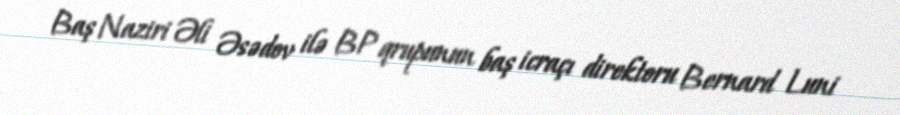
Baş Naziri Əli Əsədov ilə BP qrupunun baş icraçı direktoru Bernard Luni